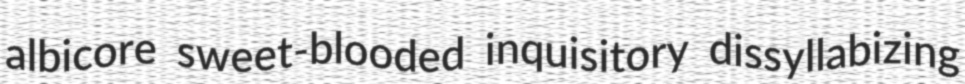
albicore sweet-blooded inquisitory dissyllabizing